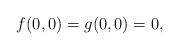
LaTeX: \begin{align*}f(0,0) = g(0,0) = 0,\end{align*}